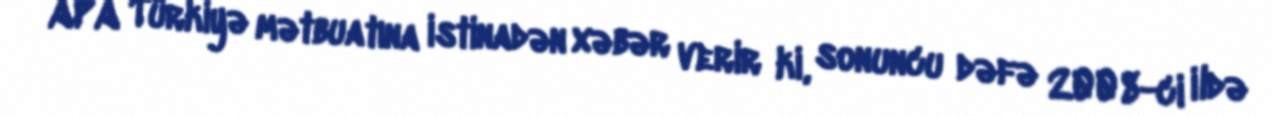
APA Türkiyə mətbuatına istinadən xəbər verir ki, sonuncu dəfə 2008-ci ildə